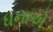
ધનાએ